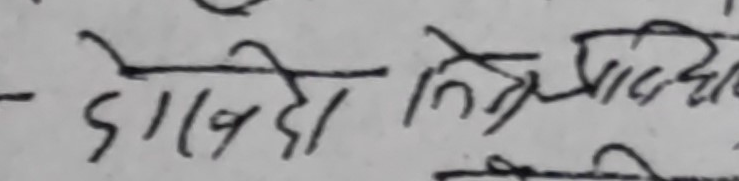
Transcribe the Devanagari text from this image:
दाखिदे त्रिप्रच्छे